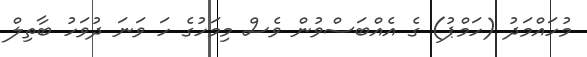
މުހައްމަދު (ހަމްޕު) ގެ އެއްބަސްވުން ވެސް މިމަހުގެ ހަ ވަނަ ދުވަހު ބާތިލް